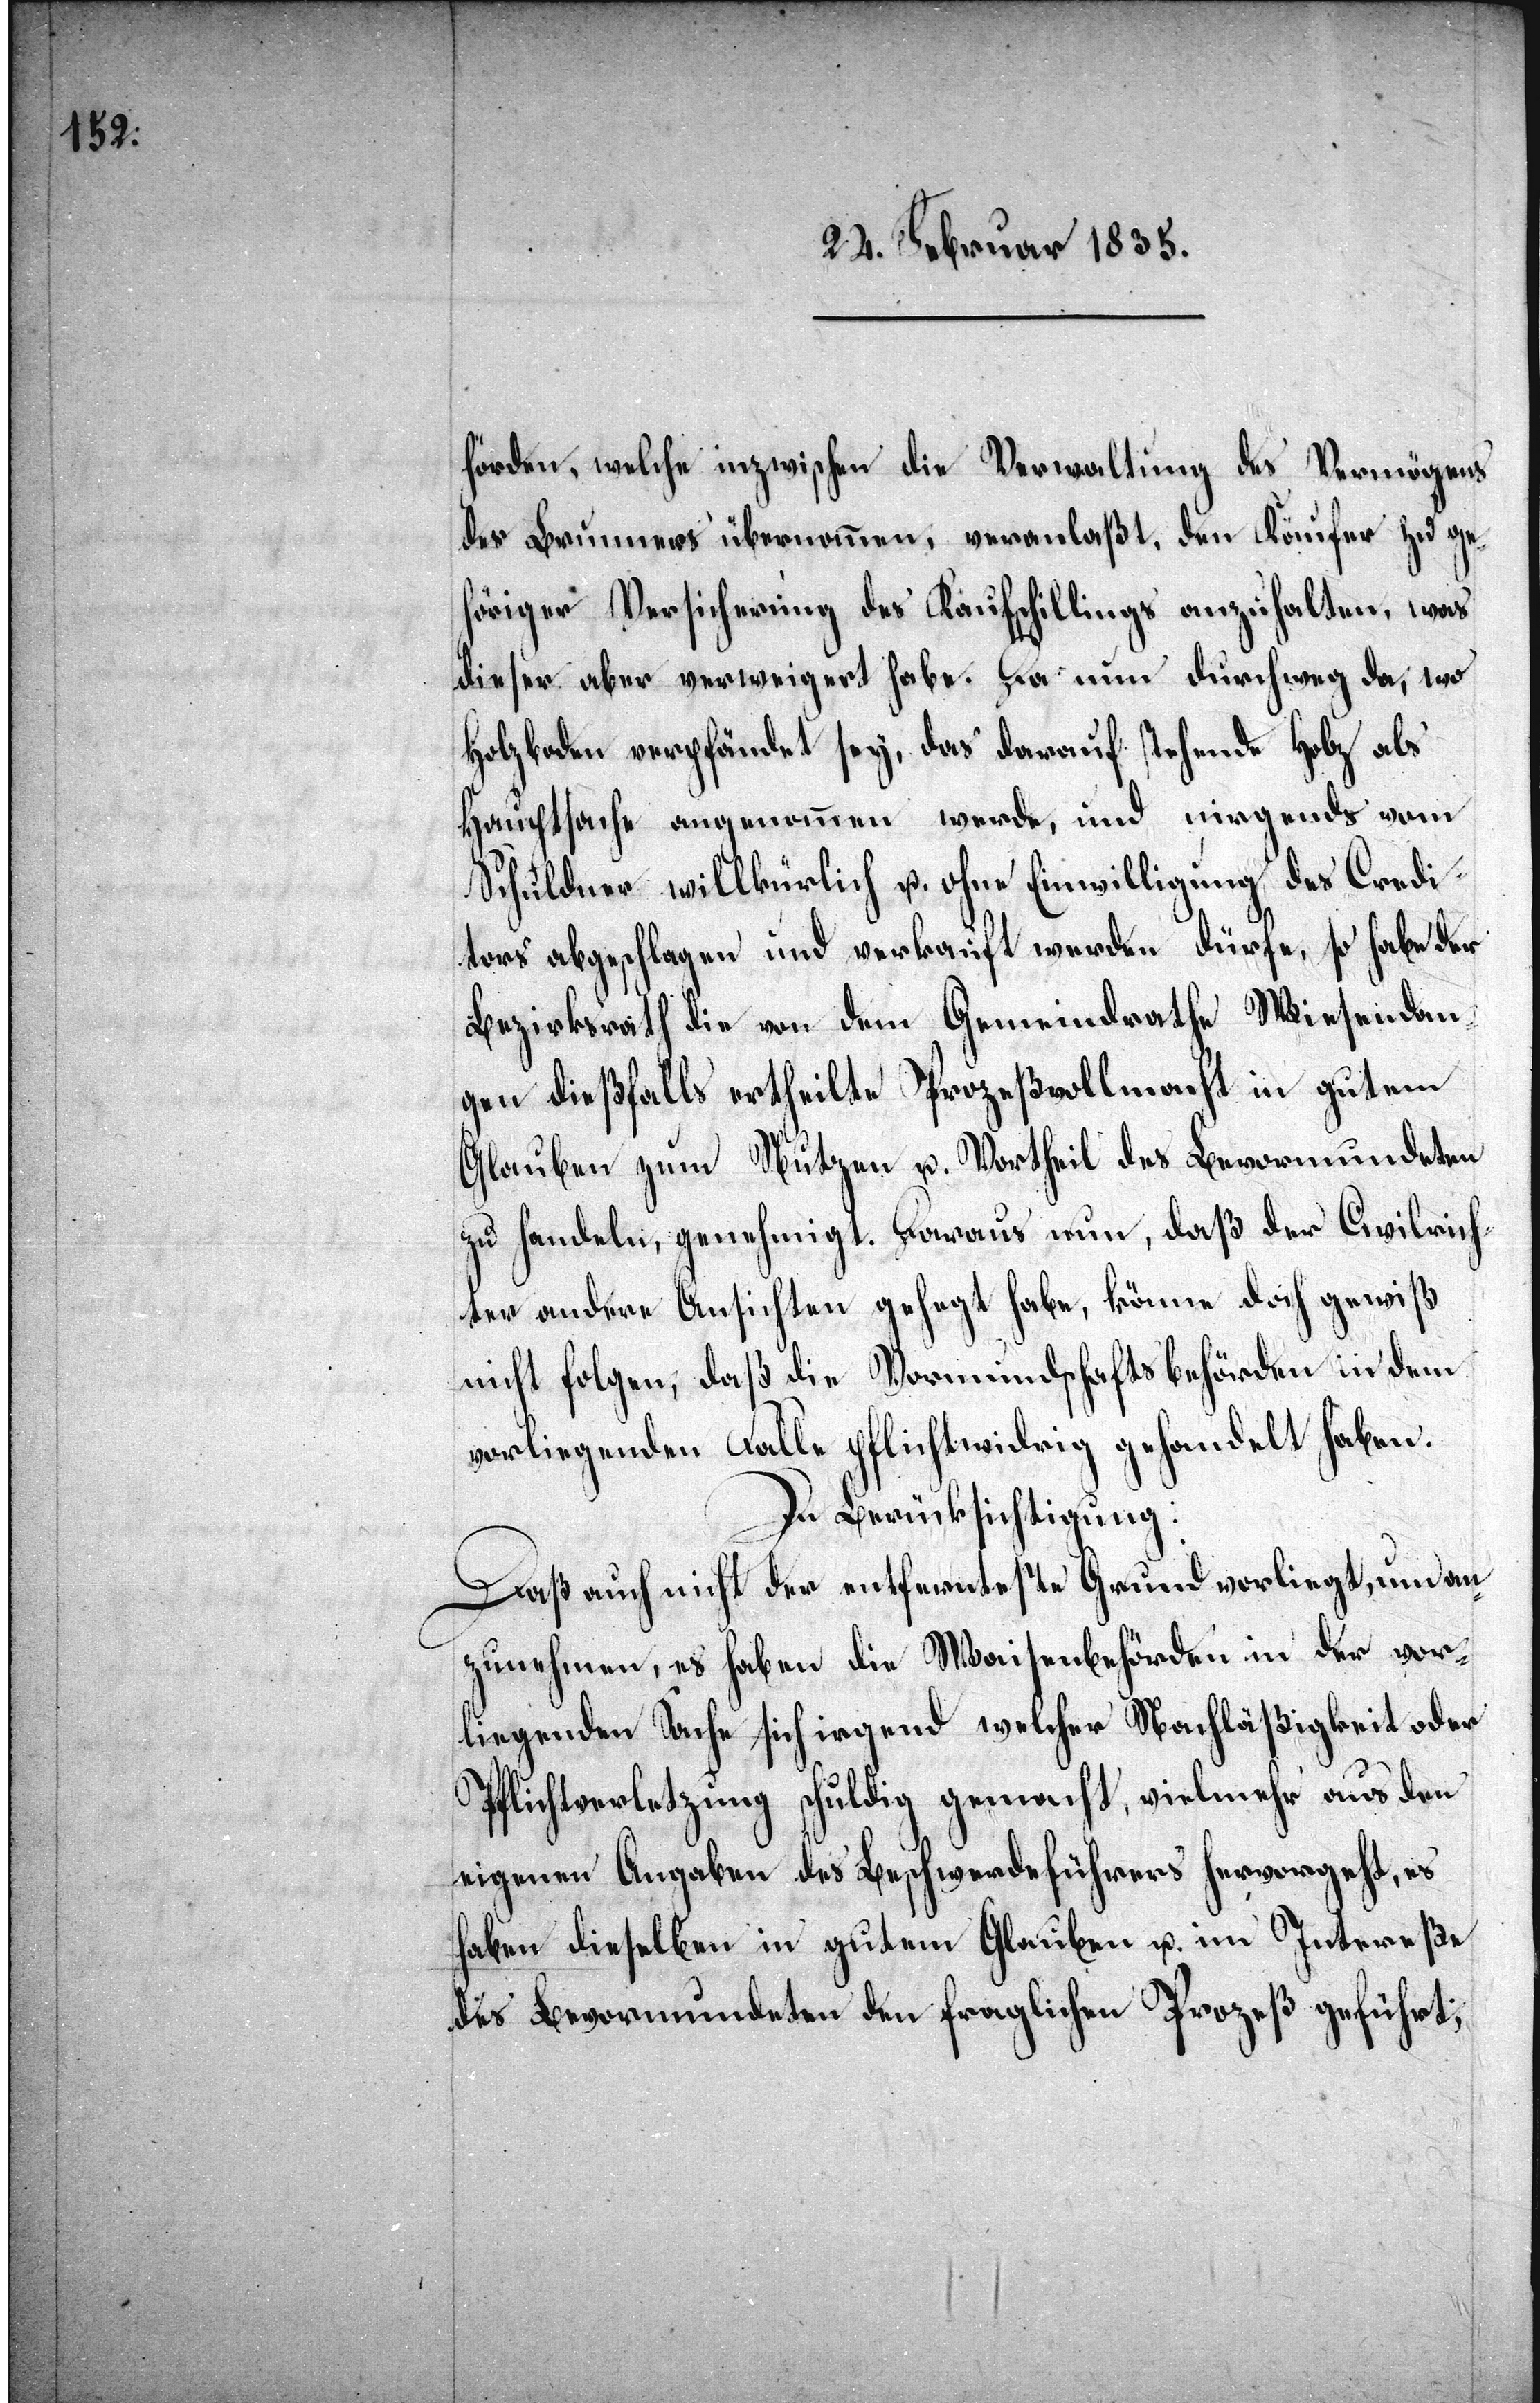
hörden, welche inzwischen die Verwaltung des Vermögens
des Brunners übernommen, veranlaßt, den Käufer zu ge¬
höriger Versicherung des Kaufschillings anzuhalten, was
dieser aber verweigert habe. Da nun durchweg da, wo
Holzboden verpfändet sey, das darauf stehende Holz als
Hauptsache angenommen werde, und nirgends vom
Schuldner willkürlich u. ohne Einwilligung des Credi¬
tors abgeschlagen und verkauft werden dürfe, so habe der
Bezirksrath die von dem Gemeindrathe Wiesendan¬
gen dießfalls ertheilte Prozeßvollmacht in gutem
Glauben zum Nutzen u. Vortheil des Bevormundeten
zu handeln, genehmigt. Daraus nun, daß der Civilric¬
hter andere Ansichten gelegt habe, könne doch gewiß
nicht folgen, daß die Vormundschaftsbehörden in dem
vorliegenden Falle pflichtwidrig gehandelt haben.
In Berücksichtigung:
Daß auch nicht der entfernteste Grund vorliegt, um an¬
zunehmen, es haben die Waisenbehörden in der vo¬
liegenden Sache sich irgend welcher Nachläßigkeit oder
Pflichtverletzung schuldig gemacht, vielmehr aus den
eigenen Angaben des Beschwerdeführers hervorgeht, es
haben dieselben in gutem Glauben u. im Intereße
des Bevormundeten den fraglichen Prozeß geführt;